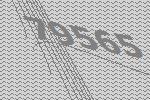
79565